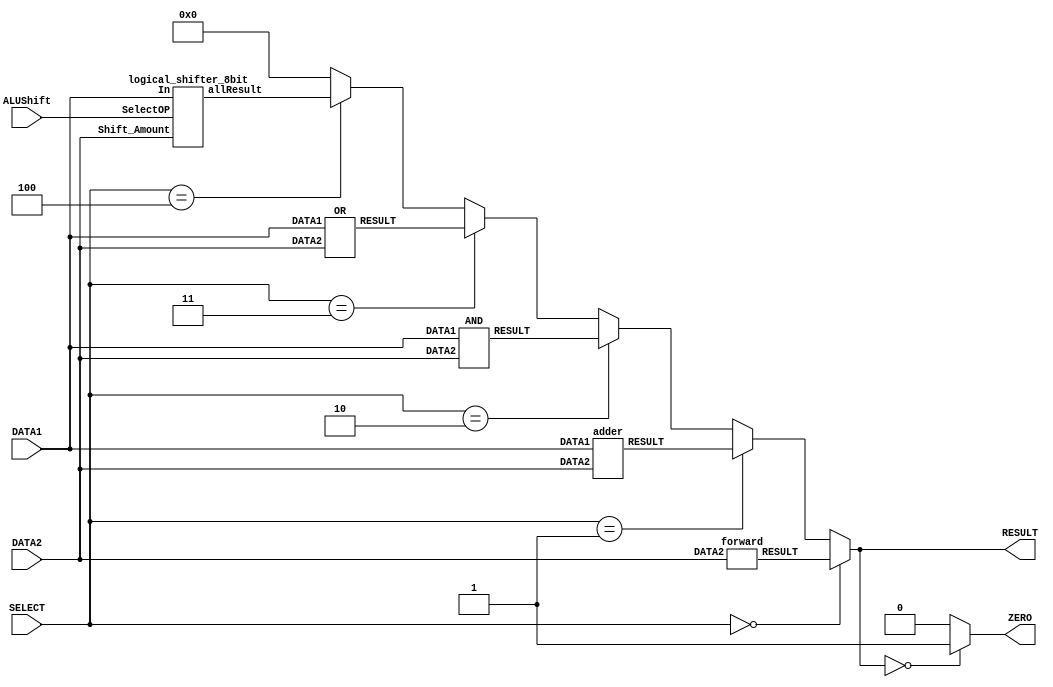
`timescale 1ns/100ps

module ALU(DATA1,DATA2,RESULT,SELECT,ZERO,ALUShift);

input wire[7:0] DATA1,DATA2; // Declaring an input wire-buses DATA1 and DATA2
input wire[2:0] SELECT; // Declaring an input wire-buse SELECT
input wire ALUShift ; //To select from shift operations
output [7:0] RESULT; // Declaring an Resultput RESULT as a reg
wire [7:0] FORWARD_wire,ADD_wire,AND_wire,OR_wire,Sll_wire,sra_wire; // Declaring wires which connects the multiplexer and Circuits which implement FORWARD,AND,ADD,OR operations
output reg ZERO ;

forward f1(DATA2,FORWARD_wire); //Creating an instance of forward module
adder f2(DATA1,DATA2,ADD_wire); //Creating an instance of adder module
AND f3(DATA1,DATA2,AND_wire); //Creating an instance of AND module
OR f4(DATA1,DATA2,OR_wire); //Creating an instance of OR module
logical_shifter_8bit f5(DATA1,DATA2,ALUShift,Sll_wire); //Creating an instance of shift module
//rotation f6(DATA1,DATA2,ALUShift,Sll_wire); //Creating an instance of rotation module

//Implementing a multiplexer to select the algrebric operation we need according to SELECT signal
// always @(DATA1 or DATA2 or SELECT) begin
    
//-----------------------------
    assign RESULT = (SELECT == 3'b000 ) ? FORWARD_wire : 
                    (SELECT == 3'b001) ? ADD_wire :
                    (SELECT == 3'b010) ? AND_wire :
                    (SELECT == 3'b011) ? OR_wire :
                    (SELECT == 3'b100) ? Sll_wire :
                    8'b0000_0000;


//-----------------------------

always @(RESULT) begin
    if (RESULT == 8'b00000000) begin
        ZERO  = 1'b1 ;
     end else begin
        ZERO = 1'b0 ;
     end    
end

endmodule

//Module which implemented ADD operation
module adder(DATA1,DATA2,RESULT);
    input wire[7:0] DATA1,DATA2;
    output wire[7:0] RESULT;

    assign #2 RESULT = DATA1+DATA2; //Adding DATA1 and DATA2 inputs with a delay
endmodule

//Module which implemented FORWARD operation
module forward(DATA2,RESULT);
    input wire[7:0] DATA2;
    output wire[7:0] RESULT;

    assign #1 RESULT = DATA2; //Assigning DATA2 to RESULT
endmodule

//Module which implemented AND operation
module AND (DATA1,DATA2,RESULT);
    input wire[7:0] DATA1,DATA2;
    output wire[7:0] RESULT;
    
    assign #1 RESULT = DATA1 & DATA2; //AND DATA1 and DATA2 inputs with a delay
endmodule

//Module which implemented OR operation
module OR (DATA1,DATA2,RESULT);
    input wire[7:0] DATA1,DATA2;
    output wire[7:0] RESULT;
    
    assign #1 RESULT = DATA1 | DATA2; //OR DATA1 and DATA2 inputs with a delay
endmodule


module mux2X1( DATA1,DATA2,Selection,Result);
    input DATA1,DATA2;
    input Selection;
    output Result;
    wire DATA1_wire,Select_negate,DATA2_wire;
    and(DATA2_wire,DATA2,Selection);
    not(Select_negate,Selection);
    and(DATA1_wire,DATA1,Select_negate);
    or(Result,DATA1_wire,DATA2_wire);

endmodule


module logical_shifter_8bit (In, Shift_Amount, SelectOP, allResult);
  input SelectOP;
  input  [7:0] In;
  input [7:0] Shift_Amount;
  output reg [7:0] allResult;
  wire [7:0] OPsrl1,OPsrl2,OPsll1,OPsll2,Result;
  wire [7:0] srl_wire,sll_wire;
 
     always@(Result)begin
         #1 allResult = Result;
     end
    
    //4bit shift right
    mux2X1  srl_17 (In[7],1'b0,Shift_Amount[2],OPsrl1[7]);
    mux2X1  srl_16 (In[6],1'b0,Shift_Amount[2],OPsrl1[6]);
    mux2X1  srl_15 (In[5],1'b0,Shift_Amount[2],OPsrl1[5]);
    mux2X1  srl_14 (In[4],1'b0,Shift_Amount[2],OPsrl1[4]);
    mux2X1  srl_13 (In[3],In[7],Shift_Amount[2],OPsrl1[3]);
    mux2X1  srl_12 (In[2],In[6],Shift_Amount[2],OPsrl1[2]);
    mux2X1  srl_11 (In[1],In[5],Shift_Amount[2],OPsrl1[1]);
    mux2X1  srl_10 (In[0],In[4],Shift_Amount[2],OPsrl1[0]);
    
    //2 bit shift right
    
    mux2X1  srl_27 (OPsrl1[7],1'b0,Shift_Amount[1],OPsrl2[7]);
    mux2X1  srl_26 (OPsrl1[6],1'b0,Shift_Amount[1],OPsrl2[6]);
    mux2X1  srl_25 (OPsrl1[5],OPsrl1[7],Shift_Amount[1],OPsrl2[5]);
    mux2X1  srl_24 (OPsrl1[4],OPsrl1[6],Shift_Amount[1],OPsrl2[4]);
    mux2X1  srl_23 (OPsrl1[3],OPsrl1[5],Shift_Amount[1],OPsrl2[3]);
    mux2X1  srl_22 (OPsrl1[2],OPsrl1[4],Shift_Amount[1],OPsrl2[2]);
    mux2X1  srl_21 (OPsrl1[1],OPsrl1[3],Shift_Amount[1],OPsrl2[1]);
    mux2X1  srl_20 (OPsrl1[0],OPsrl1[2],Shift_Amount[1],OPsrl2[0]);
    
    //1 bit shift right
    mux2X1  srl_07 (OPsrl2[7],1'b0,Shift_Amount[0],srl_wire[7]);
    mux2X1  srl_06 (OPsrl2[6],OPsrl2[7],Shift_Amount[0],srl_wire[6]);
    mux2X1  srl_05 (OPsrl2[5],OPsrl2[6],Shift_Amount[0],srl_wire[5]);
    mux2X1  srl_04 (OPsrl2[4],OPsrl2[5],Shift_Amount[0],srl_wire[4]);
    mux2X1  srl_03 (OPsrl2[3],OPsrl2[4],Shift_Amount[0],srl_wire[3]);
    mux2X1  srl_02 (OPsrl2[2],OPsrl2[3],Shift_Amount[0],srl_wire[2]);
    mux2X1  srl_01 (OPsrl2[1],OPsrl2[2],Shift_Amount[0],srl_wire[1]);
    mux2X1  srl_00 (OPsrl2[0],OPsrl2[1],Shift_Amount[0],srl_wire[0]);

//-----------------------------------------------------------------------------------------------------

    //4bit shift left
    mux2X1  sll_17 (In[7],In[3],Shift_Amount[2],OPsll1[7]);
    mux2X1  sll_16 (In[6],In[2],Shift_Amount[2],OPsll1[6]);
    mux2X1  sll_15 (In[5],In[1],Shift_Amount[2],OPsll1[5]);
    mux2X1  sll_14 (In[4],In[0],Shift_Amount[2],OPsll1[4]);
    mux2X1  sll_13 (In[3],1'b0,Shift_Amount[2],OPsll1[3]);
    mux2X1  sll_12 (In[2],1'b0,Shift_Amount[2],OPsll1[2]);
    mux2X1  sll_11 (In[1],1'b0,Shift_Amount[2],OPsll1[1]);
    mux2X1  sll_10 (In[0],1'b0,Shift_Amount[2],OPsll1[0]);
    
    //2 bit shift left
    
    mux2X1  sll_27 (OPsll1[7],OPsll1[5],Shift_Amount[1],OPsll2[7]);
    mux2X1  sll_26 (OPsll1[6],OPsll1[4],Shift_Amount[1],OPsll2[6]);
    mux2X1  sll_25 (OPsll1[5],OPsll1[3],Shift_Amount[1],OPsll2[5]);
    mux2X1  sll_24 (OPsll1[4],OPsll1[2],Shift_Amount[1],OPsll2[4]);
    mux2X1  sll_23 (OPsll1[3],OPsll1[1],Shift_Amount[1],OPsll2[3]);
    mux2X1  sll_22 (OPsll1[2],OPsll1[0],Shift_Amount[1],OPsll2[2]);
    mux2X1  sll_21 (OPsll1[1],1'b0,Shift_Amount[1],OPsll2[1]);
    mux2X1  sll_20 (OPsll1[0],1'b0,Shift_Amount[1],OPsll2[0]);
    
    //1 bit shift left
    mux2X1  sll_07 (OPsll2[7],OPsll2[6],Shift_Amount[0],sll_wire[7]);
    mux2X1  sll_06 (OPsll2[6],OPsll2[5],Shift_Amount[0],sll_wire[6]);
    mux2X1  sll_05 (OPsll2[5],OPsll2[4],Shift_Amount[0],sll_wire[5]);
    mux2X1  sll_04 (OPsll2[4],OPsll2[3],Shift_Amount[0],sll_wire[4]);
    mux2X1  sll_03 (OPsll2[3],OPsll2[2],Shift_Amount[0],sll_wire[3]);
    mux2X1  sll_02 (OPsll2[2],OPsll2[1],Shift_Amount[0],sll_wire[2]);
    mux2X1  sll_01 (OPsll2[1],OPsll2[0],Shift_Amount[0],sll_wire[1]);
    mux2X1  sll_00 (OPsll2[0],1'b0,Shift_Amount[0],sll_wire[0]);
 
    //for sll 1'b0 for srl 1'b1
    
     mux2X1  choosing_07 (sll_wire[7],srl_wire[7],SelectOP,Result[7]);
     mux2X1  choosing_06 (sll_wire[6],srl_wire[6],SelectOP,Result[6]);
     mux2X1  choosing_05 (sll_wire[5],srl_wire[5],SelectOP,Result[5]);
     mux2X1  choosing_04 (sll_wire[4],srl_wire[4],SelectOP,Result[4]);
     mux2X1  choosing_03 (sll_wire[3],srl_wire[3],SelectOP,Result[3]);
     mux2X1  choosing_02 (sll_wire[2],srl_wire[2],SelectOP,Result[2]);
     mux2X1  choosing_01 (sll_wire[1],srl_wire[1],SelectOP,Result[1]);
     mux2X1  choosing_00 (sll_wire[0],srl_wire[0],SelectOP,Result[0]);


endmodule